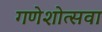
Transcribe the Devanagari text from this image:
गणेशोत्सवा